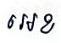
អេខ